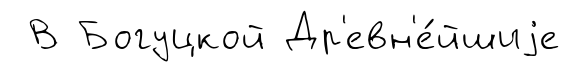
В Богуцкой Др'евн'е́йшиjе